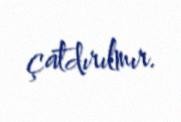
çatdırılmır.